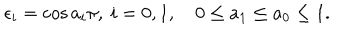
\epsilon _ { i } = \cos a _ { i } \pi , \ i = 0 , 1 , \quad 0 \le a _ { 1 } \le a _ { 0 } \le 1 .